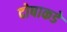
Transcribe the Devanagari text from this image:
दोषाकडे